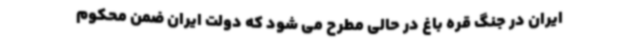
ایران در جنگ قره باغ در حالی مطرح می شود که دولت ایران ضمن محکوم